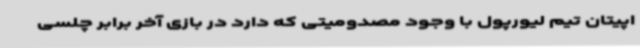
اپیتان تیم لیورپول با وجود مصدومیتی که دارد در بازی آخر برابر چلسی